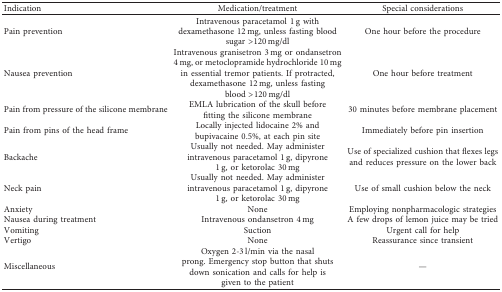
| Indication | Medication/treatment | Special considerations |
 | --- | --- | --- |
 | Pain prevention | Intravenous paracetamol 1 g with dexamethasone 12 mg, unless fasting blood sugar >120 mg/dl | One hour before the procedure |
 | Nausea prevention | Intravenous granisetron 3 mg or ondansetron 4 mg, or metoclopramide hydrochloride 10 mg in essential tremor patients. If protracted, dexamethasone 12 mg, unless fasting blood >120 mg/dl | One hour before treatment |
 | Pain from pressure of the silicone membrane | EMLA lubrication of the skull before fitting the silicone membrane | 30 minutes before membrane placement |
 | Pain from pins of the head frame | Locally injected lidocaine 2% and bupivacaine 0.5%, at each pin site | Immediately before pin insertion |
 | Backache | Usually not needed. May administer intravenous paracetamol 1 g, dipyrone 1 g, or ketorolac 30 mg | Use of specialized cushion that flexes legs and reduces pressure on the lower back |
 | Neck pain | Usually not needed. May administer intravenous paracetamol 1 g, dipyrone 1 g, or ketorolac 30 mg | Use of small cushion below the neck |
 | Anxiety | None | Employing nonpharmacologic strategies |
 | Nausea during treatment | Intravenous ondansetron 4 mg | A few drops of lemon juice may be tried |
 | Vomiting | Suction | Urgent call for help |
 | Vertigo | None | Reassurance since transient |
 | Miscellaneous | Oxygen 2-3 l/min via the nasal prong. Emergency stop button that shuts down sonication and calls for help is given to the patient | — |